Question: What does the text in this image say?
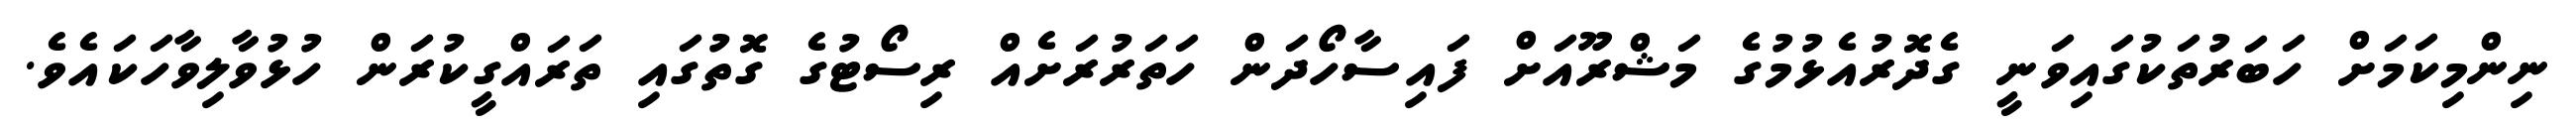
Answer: ނިންމިކަމަށް ހަބަރުތަކުގައިވަނީ ގެދޮރުއެޅުމުގެ މަޝްރޫއަށް ފައިސާހޯދަން ހަތަރުރަށެއް ރިސޯޓުގެ ގޮތުގައި ތަރައްގީކުރަން ހުޅުވާލިވާހަކައެވެ.